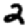
Digit: 2